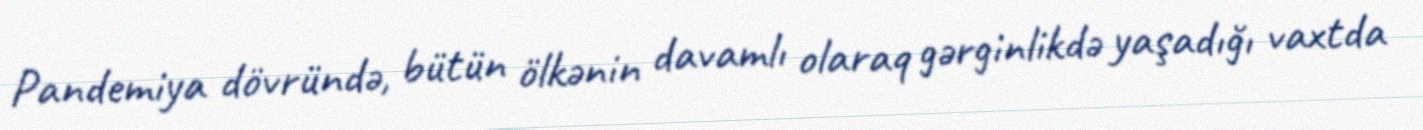
Pandemiya dövründə, bütün ölkənin davamlı olaraq gərginlikdə yaşadığı vaxtda